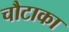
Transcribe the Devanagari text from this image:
चौटाका